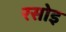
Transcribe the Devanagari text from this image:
रसोइ